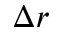
\Delta r